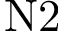
\mathrm { N 2 }